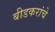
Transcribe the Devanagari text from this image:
बीडकरांचे